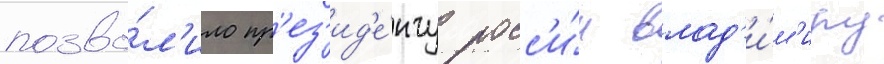
позво́л'ило пр'ез'ид'е́нту росс'и́и влад'и́м'иру